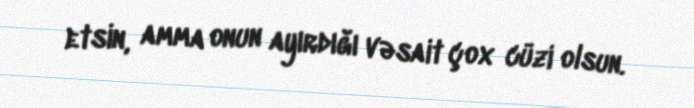
etsin, amma onun ayırdığı vəsait çox cüzi olsun.